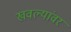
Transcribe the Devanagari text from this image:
खवल्यांवर